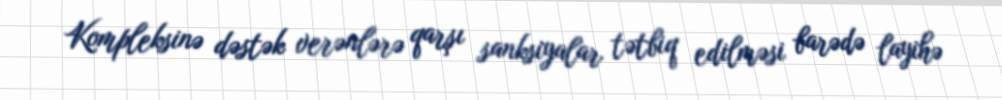
Kompleksinə dəstək verənlərə qarşı sanksiyalar tətbiq edilməsi barədə layihə